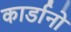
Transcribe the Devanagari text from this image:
कार्डानो